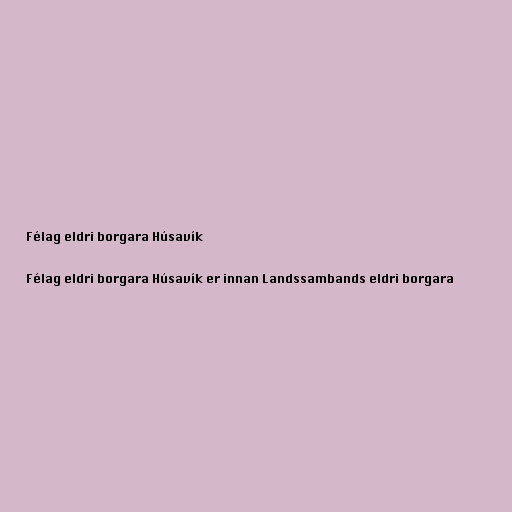
Félag eldri borgara Húsavík

Félag eldri borgara Húsavík er innan Landssambands eldri borgara